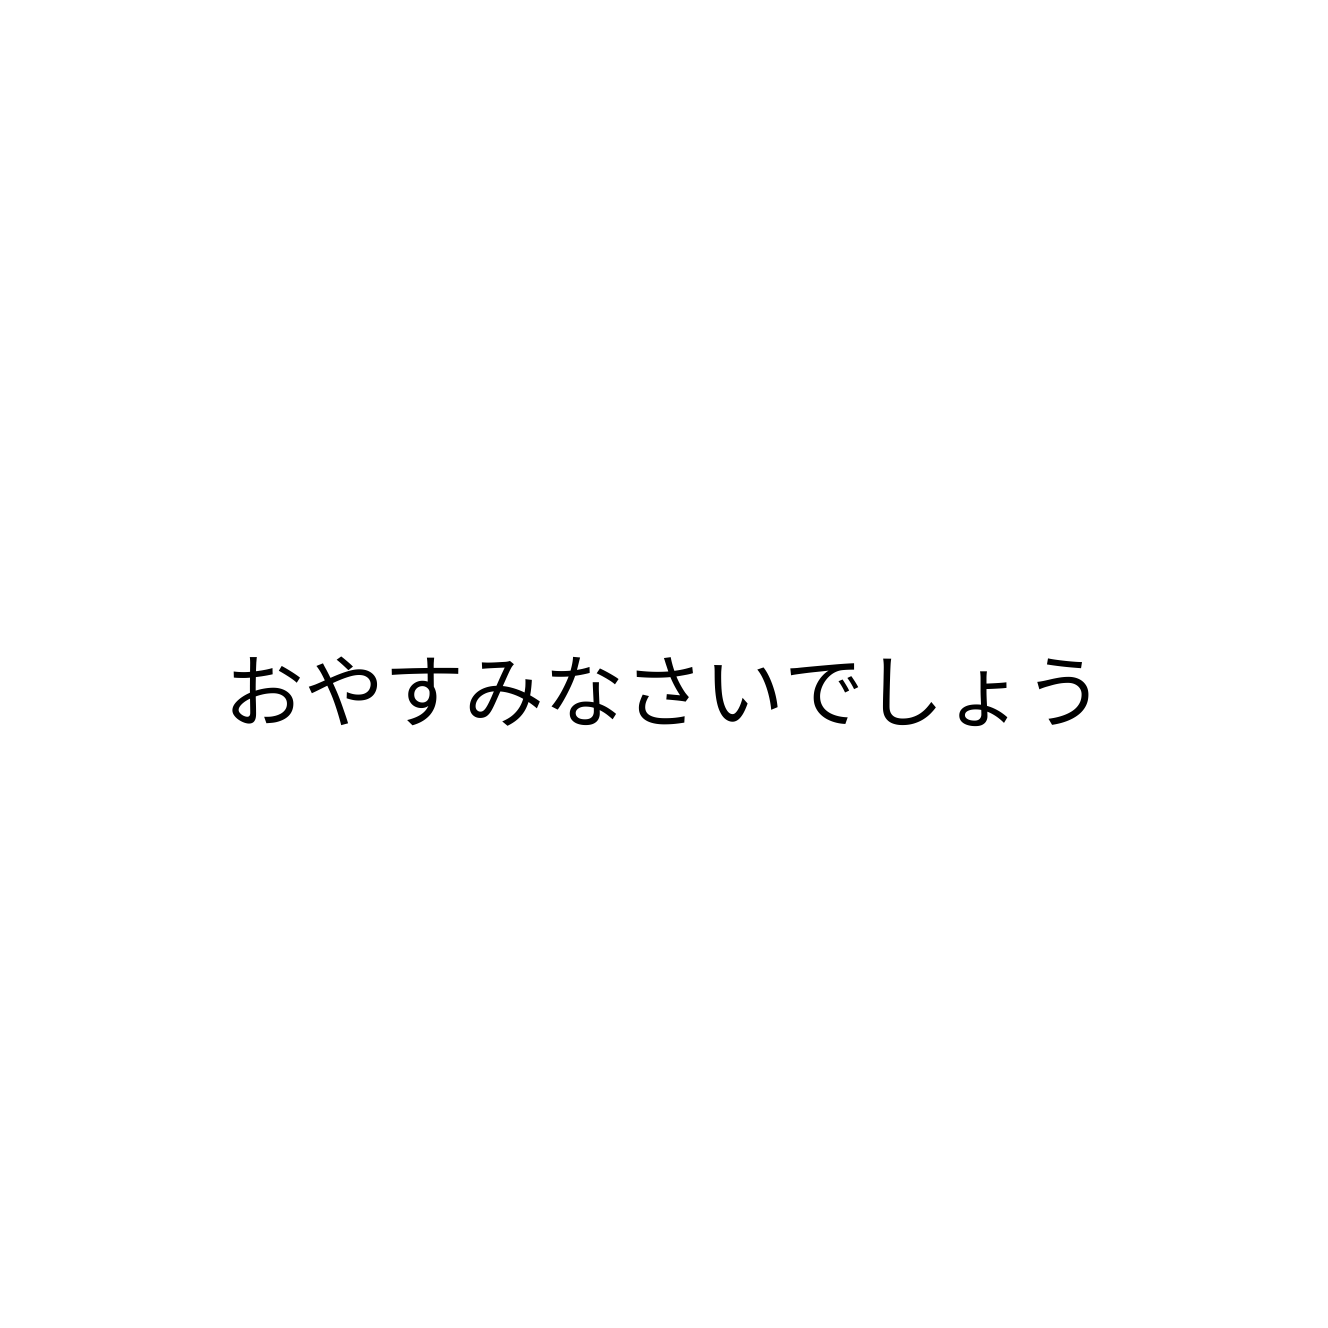
おやすみなさいでしょう